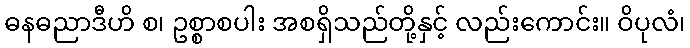
ဓနဓညာဒီဟိ စ၊ ဥစ္စာစပါး အစရှိသည်တို့နှင့် လည်းကောင်း။ ဝိပုလံ၊